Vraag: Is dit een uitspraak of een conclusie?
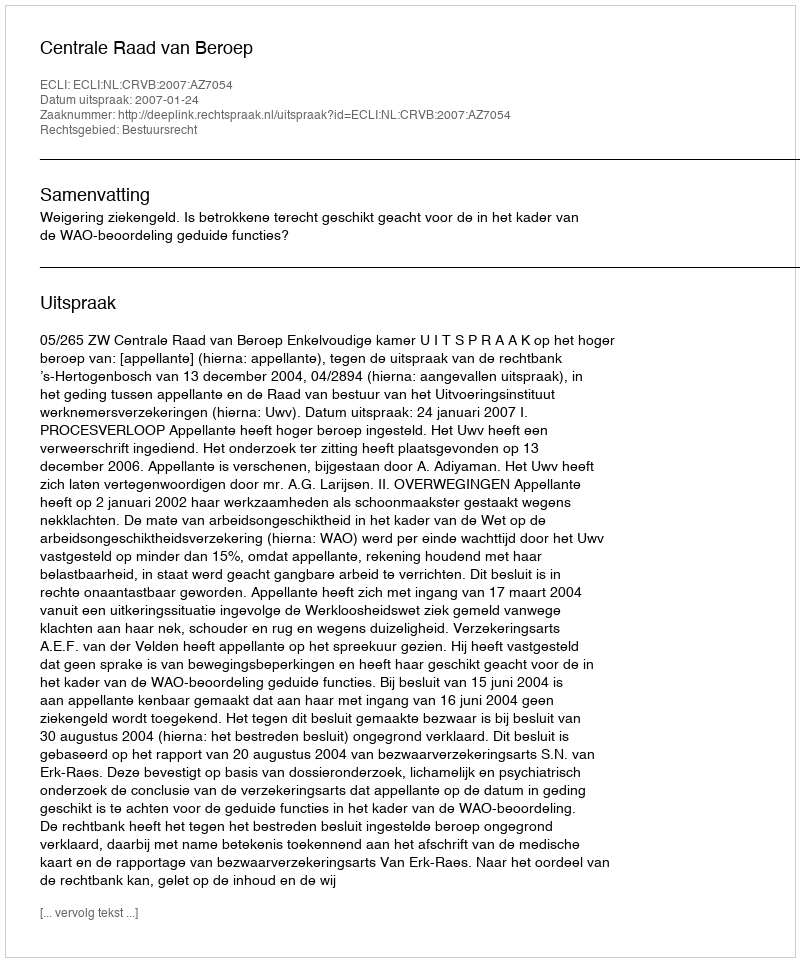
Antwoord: Uitspraak